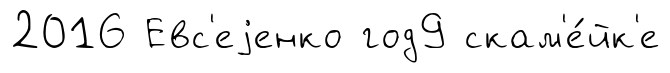
2016 Евс'еjенко год9 скам'е́йк'е